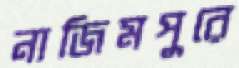
নাজিমপুরে